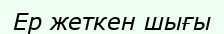
Ер жеткен шығы